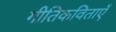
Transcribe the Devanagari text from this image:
गीतिकविताएँ